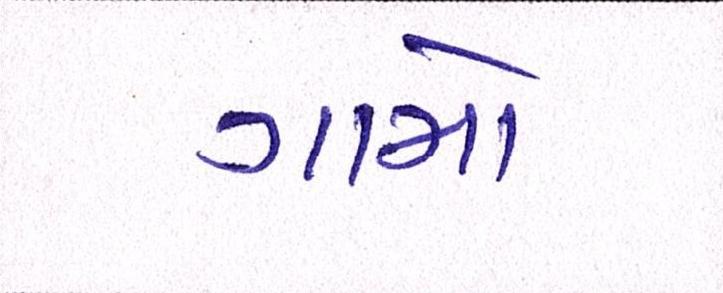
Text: ગામો